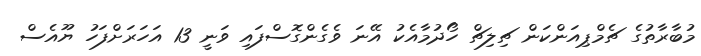
މުބާރާތުގެ ޗެމްޕިއަންކަން ޗިލިޗް ހޯދުމާއެކު އޭނަ ވެގެންގޮސްފައި ވަނީ 13 އަހަރަށްފަހު ޔޫއެސް